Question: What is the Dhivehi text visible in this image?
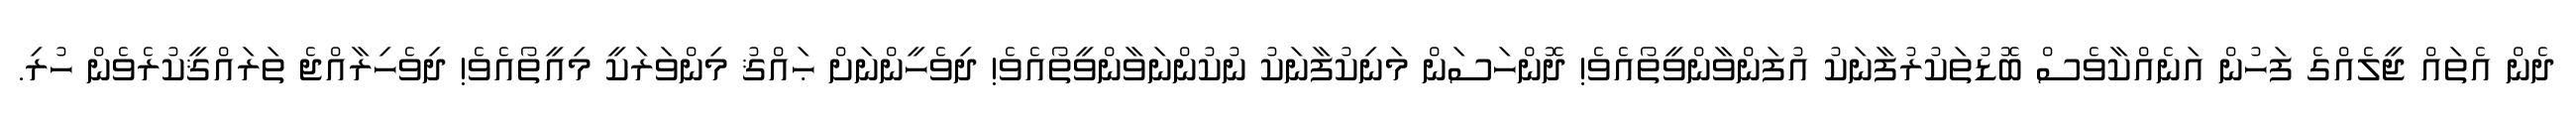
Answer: ދެން އެތައް ޖީލެއްގެ ފަހުން އަނެއްކާވެސް ބޮޑުތަކުރުފާނަކު އުފަންވާންވީތޯއެވެ! ދޮންހަސަން މަނިކުފާނަކު ނުކުންނަވާންވީތޯއެވެ! ދިވެހީންނަށް ޙައްޤު މިންވަރަކީ މިއީތޯއެވެ! ދިވެހިރާއްޖެ ތަރައްޤީކުރެވެން ހުރި.